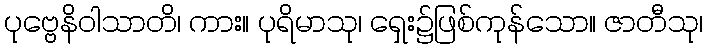
ပုဗ္ဗေနိဝါသာတိ၊ ကား။ ပုရိမာသု၊ ရှေး၌ဖြစ်ကုန်သော။ ဇာတီသု၊